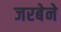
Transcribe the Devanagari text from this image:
जरबेने